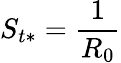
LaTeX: S_{t*}=\frac{1}{R_{0}}